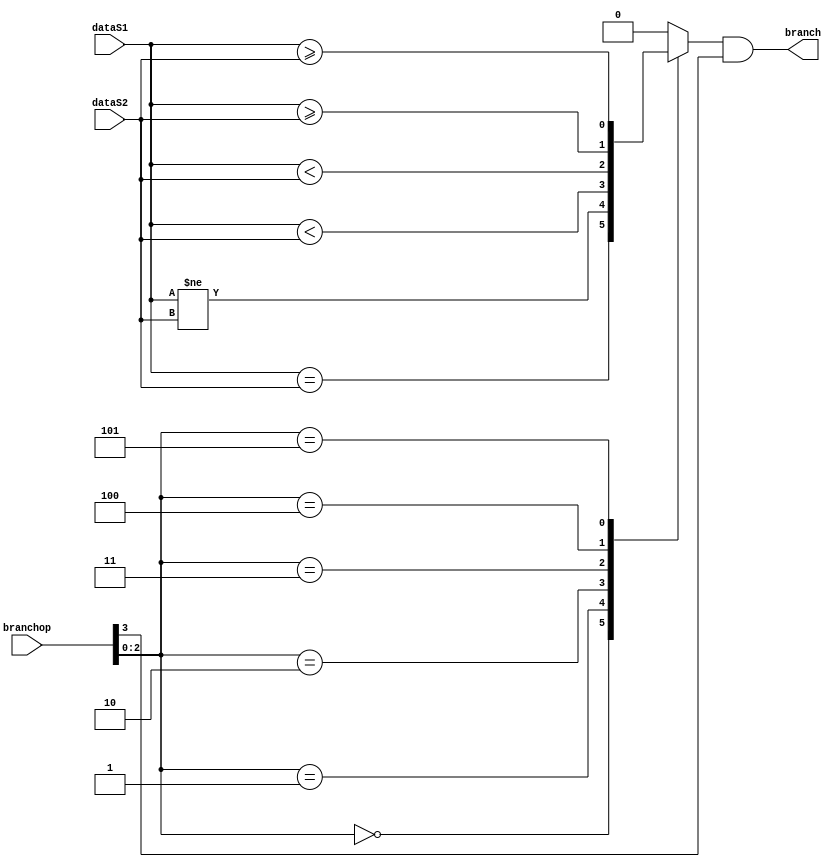
module branch
(
	input [31:0] dataS1,
	input [31:0] dataS2,
	input [3:0] branchop,
	output branch
);

wire [2:0] op = branchop[2:0];
wire branch_instruction = branchop[3];
reg branch_result;

always @(*) begin
	case(op)
		3'b000: branch_result = (dataS1 == dataS2);
		3'b001: branch_result = (dataS1 != dataS2);
		3'b010: branch_result = ($signed(dataS1) < $signed(dataS2));
		3'b011: branch_result = (dataS1 < dataS2);
		3'b100: branch_result = ($signed(dataS1) >= $signed(dataS2));
		3'b101: branch_result = (dataS1 >= dataS2);
		default: branch_result = 1'b0;
	endcase
end

assign branch = branch_result & branch_instruction;

endmodule